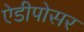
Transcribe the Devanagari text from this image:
ऐडीपोसर